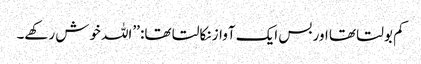
کم بولتا تھا اور بس ایک آواز نکالتا تھا: ’’اللہ خوش رکھے۔